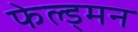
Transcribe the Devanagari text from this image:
फेल्ड्मन